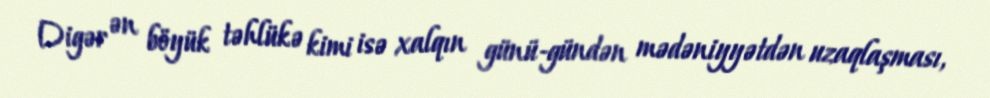
Digər ən böyük təhlükə kimi isə xalqın günü-gündən mədəniyyətdən uzaqlaşması,